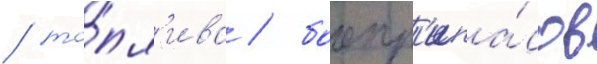
/ то́пл'ива / боепр'ипа́сов